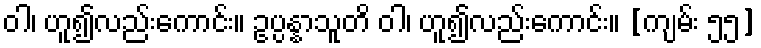
ဝါ၊ ဟူ၍လည်းကောင်း။ ဥပ္ပန္နာသူတိ ဝါ၊ ဟူ၍လည်းကောင်း။ [ကျမ်း ၅၅]